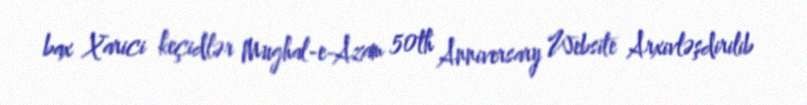
bax Xarici keçidlər Mughal-e-Azam 50th Anniversary Website Arxivləşdirilib